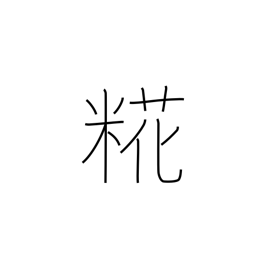
Meaning: malt